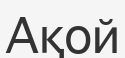
Ақой